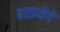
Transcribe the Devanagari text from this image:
बातायेंगे